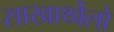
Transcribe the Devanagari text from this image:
साखार्थ्वेलो